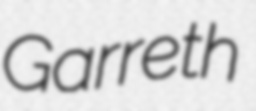
Garreth